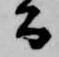
公